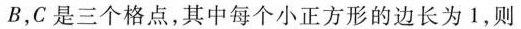
B，C是三个格点，其中每个小正方形的边长为1，则